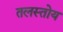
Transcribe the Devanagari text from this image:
तलस्तोय